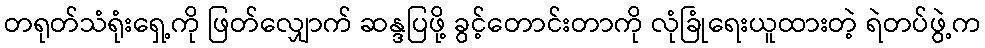
တရုတ်သံရုံးရှေ့ကို ဖြတ်လျှောက် ဆန္ဒပြဖို့ ခွင့်တောင်းတာကို လုံခြုံရေးယူထားတဲ့ ရဲတပ်ဖွဲ့က